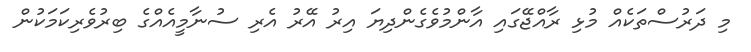
މި ދަރުސްތަކެއް މުޅި ރާއްޖޭގައި އާންމުވެގެންދިޔަ އިރު އޭރު އެރި ސުނާމީއެއްގެ ބިރުވެރިކަމަކުން